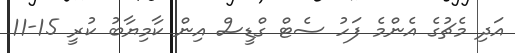
އަދި މެޗުގެ އެންމެ ފަހު ސެޓް ގްޑީސް އިން ކާމިޔާބު ކުރީ 15-11